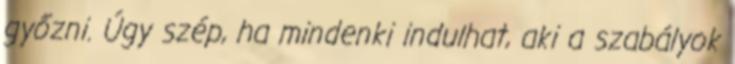
győzni. Úgy szép, ha mindenki indulhat, aki a szabályok